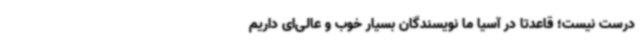
درست نیست؛ قاعدتاً در آسیا ما نویسندگان بسیار خوب و عالی‌ای داریم